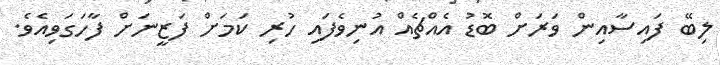
ލިބޭ ފައިސާއިން ވަރަށް ބޮޑު އެއްޗެއް އުނިވެފައި ހުރި ކަމަށް ފަޒީނަށް ފާހަގަވިއެވެ.